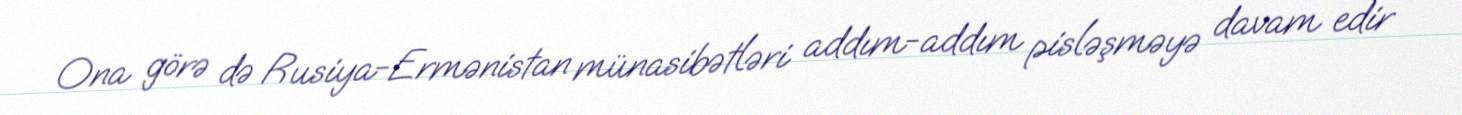
Ona görə də Rusiya-Ermənistan münasibətləri addım-addım pisləşməyə davam edir